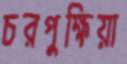
চরপুক্ষিয়া